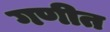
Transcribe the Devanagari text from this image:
गणीत